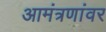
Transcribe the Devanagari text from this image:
आमंत्रणांवर